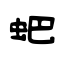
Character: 蚆